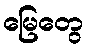
မြေတွေ